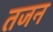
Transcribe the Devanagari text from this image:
तजन